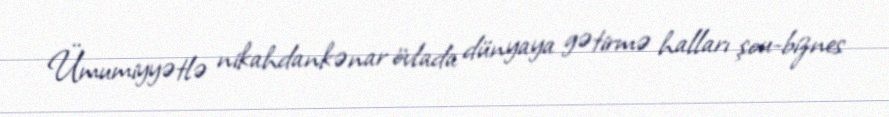
Ümumiyyətlə nikahdankənar övlada dünyaya gətirmə halları şou-biznes